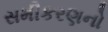
સમીકરણનો